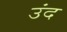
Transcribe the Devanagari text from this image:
उंद